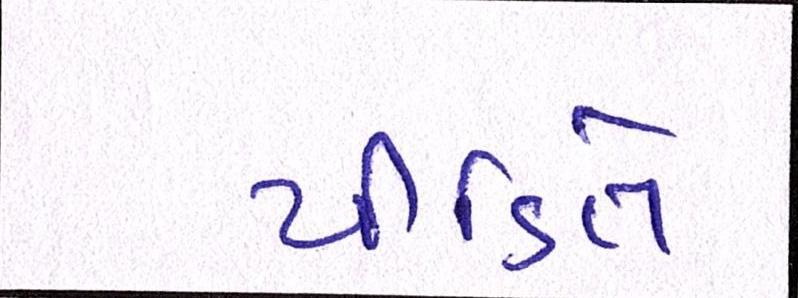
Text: પીડિતે